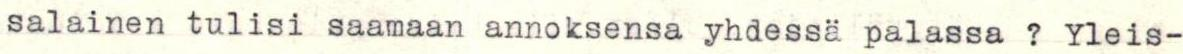
salainen tulisi saamaan annoksensa yhdessä palassa ? Yleis-